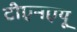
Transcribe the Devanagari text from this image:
टीएनएयू